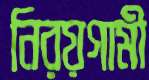
নিরয়গামী